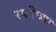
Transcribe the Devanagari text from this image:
रफींच्या